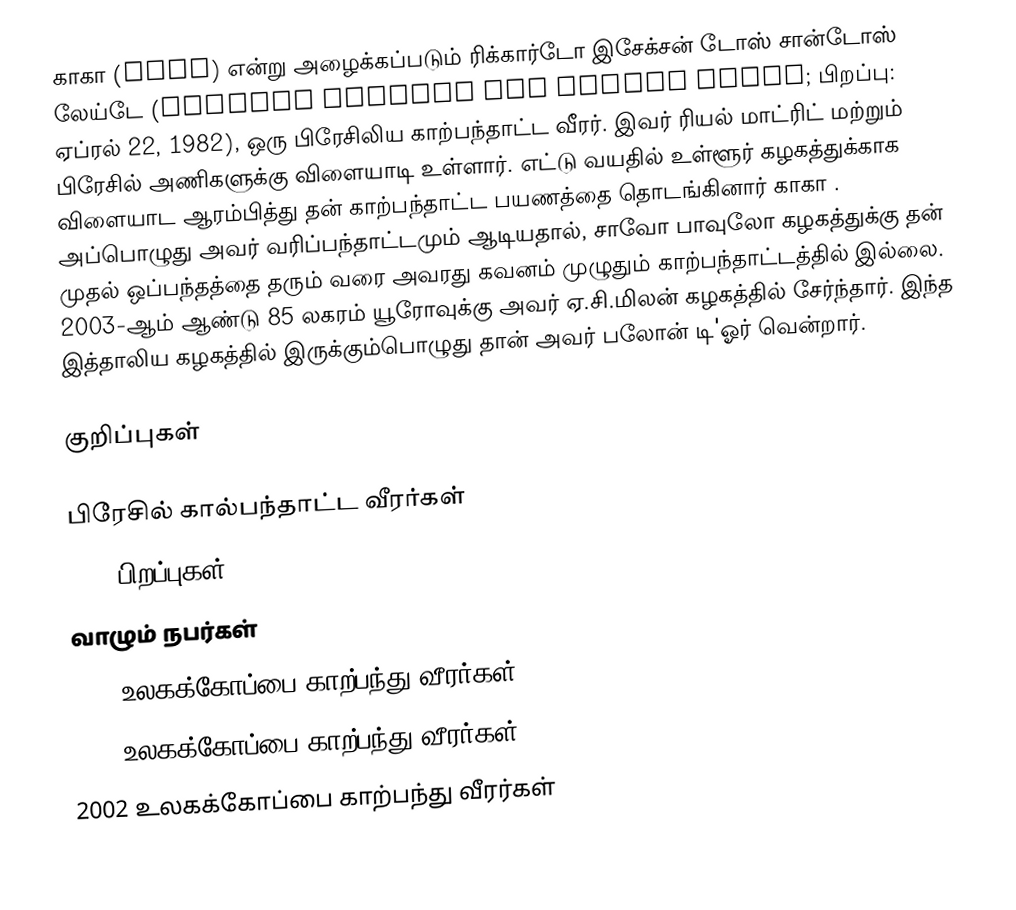
காகா (Kaká) என்று அழைக்கப்படும் ரிக்கார்டோ இசேக்சன் டோஸ் சான்டோஸ் லேய்டே (Ricardo Izecson dos Santos Leite; பிறப்பு: ஏப்ரல் 22, 1982), ஒரு பிரேசிலிய காற்பந்தாட்ட வீரர். இவர் ரியல் மாட்ரிட்  மற்றும் பிரேசில் அணிகளுக்கு விளையாடி உள்ளார். எட்டு வயதில் உள்ளூர் கழகத்துக்காக விளையாட ஆரம்பித்து தன் காற்பந்தாட்ட பயணத்தை தொடங்கினார் காகா . அப்பொழுது அவர் வரிப்பந்தாட்டமும் ஆடியதால், சாவோ பாவுலோ கழகத்துக்கு தன் முதல் ஒப்பந்தத்தை தரும் வரை அவரது கவனம் முழுதும் காற்பந்தாட்டத்தில் இல்லை. 2003-ஆம் ஆண்டு 85 லகரம் யூரோவுக்கு அவர் ஏ.சி.மிலன் கழகத்தில் சேர்ந்தார். இந்த இத்தாலிய கழகத்தில் இருக்கும்பொழுது தான் அவர் பலோன் டி'ஓர் வென்றார்.

குறிப்புகள்

பிரேசில் கால்பந்தாட்ட வீரர்கள்
1982 பிறப்புகள்
வாழும் நபர்கள்
2006 உலகக்கோப்பை காற்பந்து வீரர்கள்
2010 உலகக்கோப்பை காற்பந்து வீரர்கள்
2002 உலகக்கோப்பை காற்பந்து வீரர்கள்